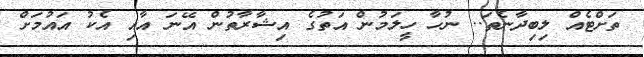
ތަށްޓެއް ލިބިދާނެތަ.. ނުހާ ހީލަމުން އަތުގެ އިޝާރާތުން އޭނަ އާއި އެކު އައުމަށް